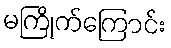
မကြိုက်ကြောင်း